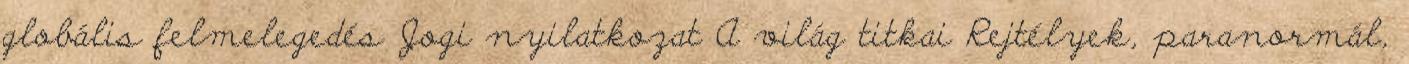
globális felmelegedés Jogi nyilatkozat A világ titkai Rejtélyek, paranormál,